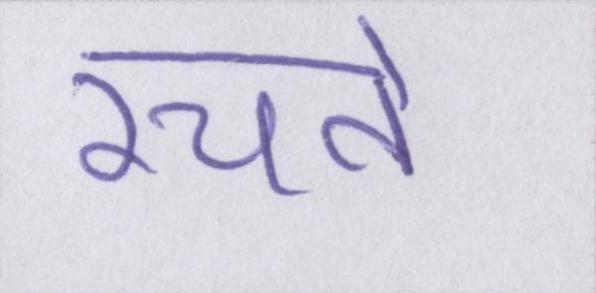
रचते